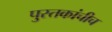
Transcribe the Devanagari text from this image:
पुस्तकांचीच